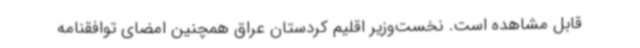
قابل مشاهده است. نخست‌وزیر اقلیم کردستان عراق همچنین امضای توافقنامه